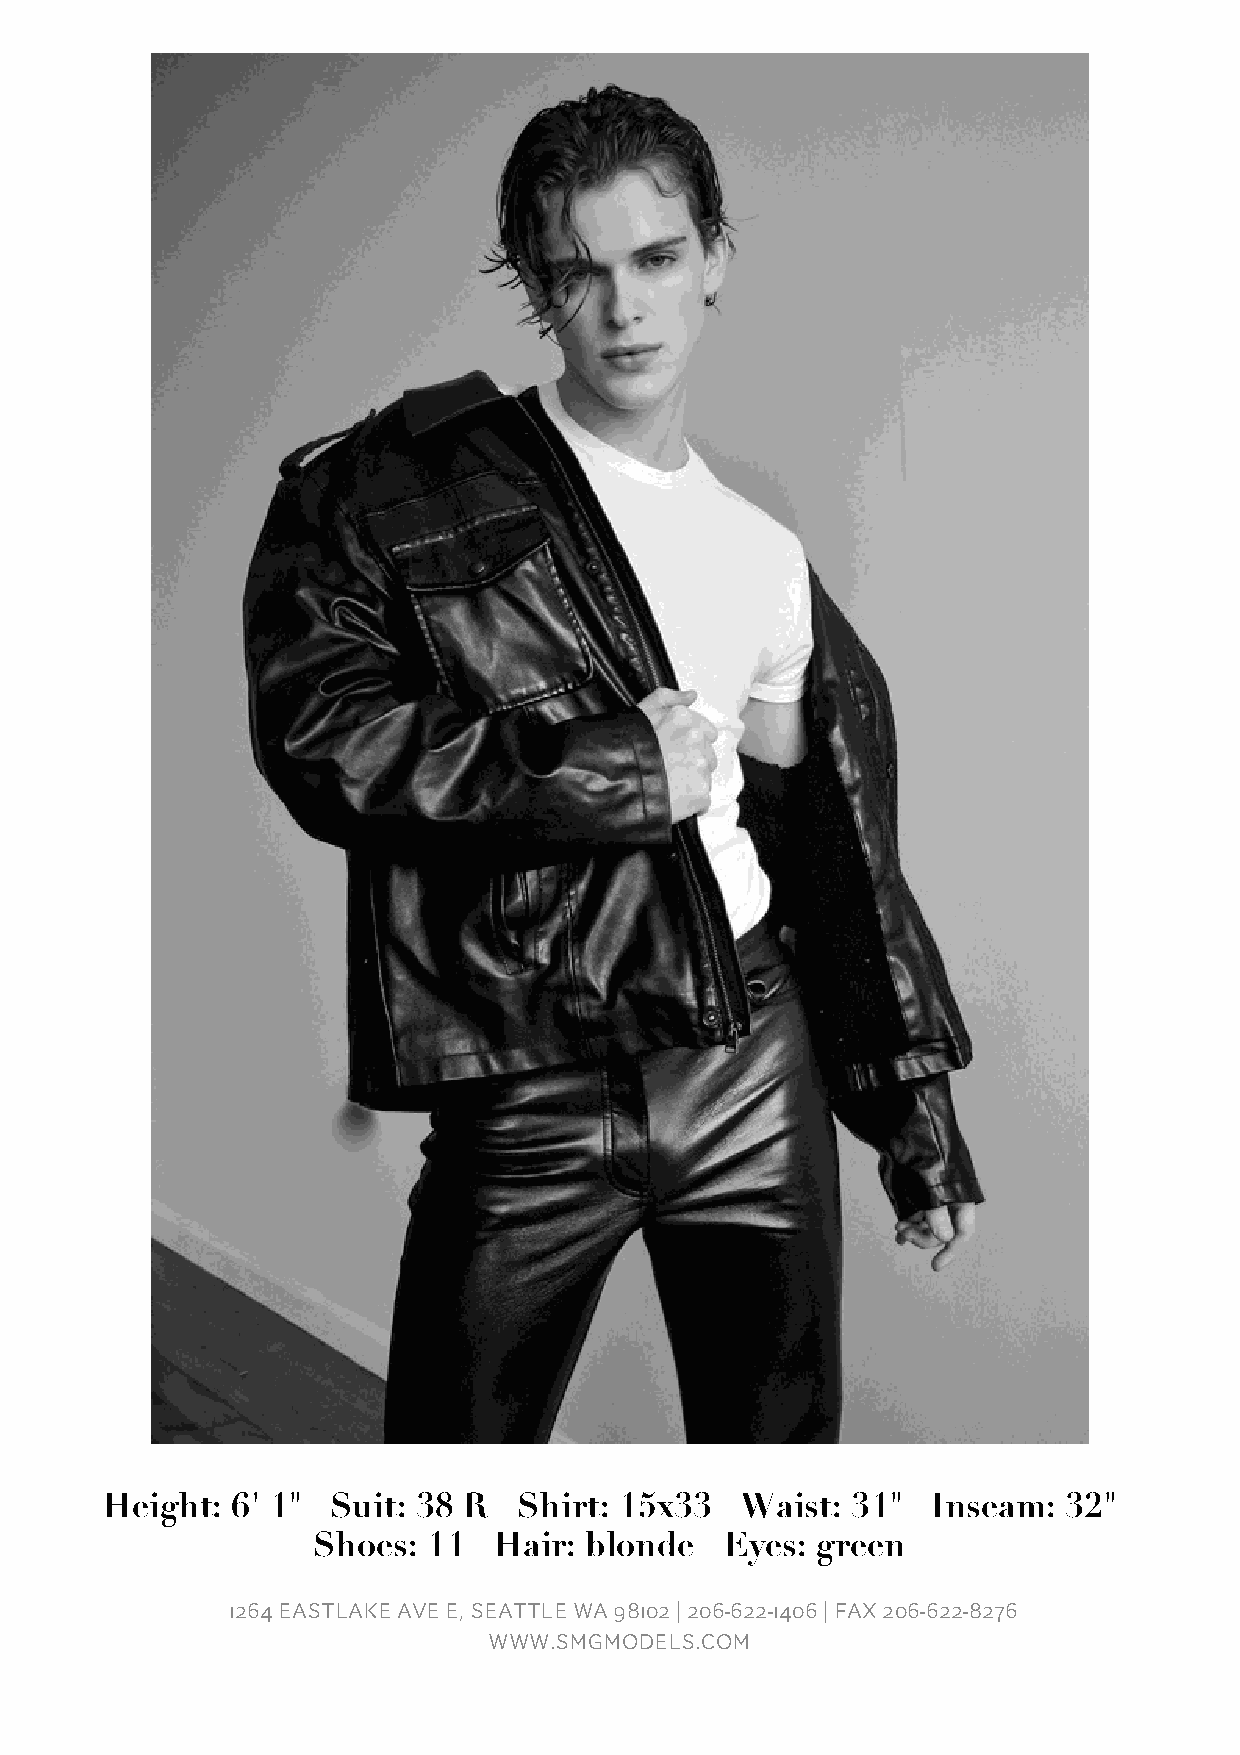
Height: 6' 1"  Suit: 38 R  Shirt: 15x33   Waist: 31"   Inseam:  32"
 Shoes: 11   Hair: blonde   Eyes: green
 1264 EASTLAKE AVE E, SEATTLE WA 98102 | 206-622-1406 | FAX 206-622-8276
 WWW.SMGMODELS.COM